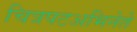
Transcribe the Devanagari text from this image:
चित्रपटअभिनेते